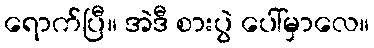
ရောက်ပြီ။ အဲဒီ စားပွဲ ပေါ်မှာလေ။